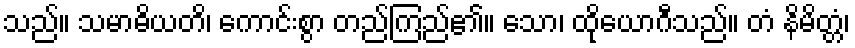
သည်။ သမာဓိယတိ၊ ကောင်းစွာ တည်ကြည်၏။ သော၊ ထိုယောဂီသည်။ တံ နိမိတ္တံ၊